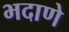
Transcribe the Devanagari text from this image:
भदाणे